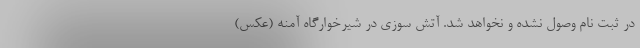
در ثبت نام وصول نشده و نخواهد شد. آتش سوزی در شیرخوارگاه آمنه (عکس)